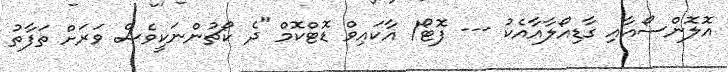
އޮލޮންސޯއާއި ގާޑިއޯލާއާއެކު --- ފޮޓޯ/ އާކައިވް ޑޮޓްކޮމް "ދެ ކޯޗުންނަކީވެސް ވަރަށް ތަފާތު